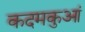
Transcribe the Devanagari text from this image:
कदमकुआं